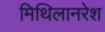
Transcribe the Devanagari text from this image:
मिथिलानरेश